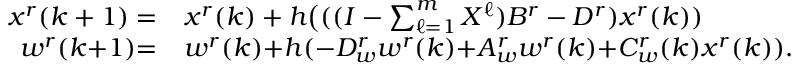
\begin{array} { r l } { x ^ { r } ( k + 1 ) = } & { { } x ^ { r } ( k ) + h \big ( ( ( I - \textstyle \sum _ { \ell = 1 } ^ { m } X ^ { \ell } ) B ^ { r } - D ^ { r } ) x ^ { r } ( k ) ) } \\ { w ^ { r } ( k { + } 1 ) { = } } & { { } w ^ { r } ( k ) { + } h ( { - } D _ { w } ^ { r } w ^ { r } ( k ) { + } A _ { w } ^ { r } w ^ { r } ( k ) { + } C _ { w } ^ { r } ( k ) x ^ { r } ( k ) ) . } \end{array}